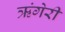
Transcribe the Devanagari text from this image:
ऋंगेरी